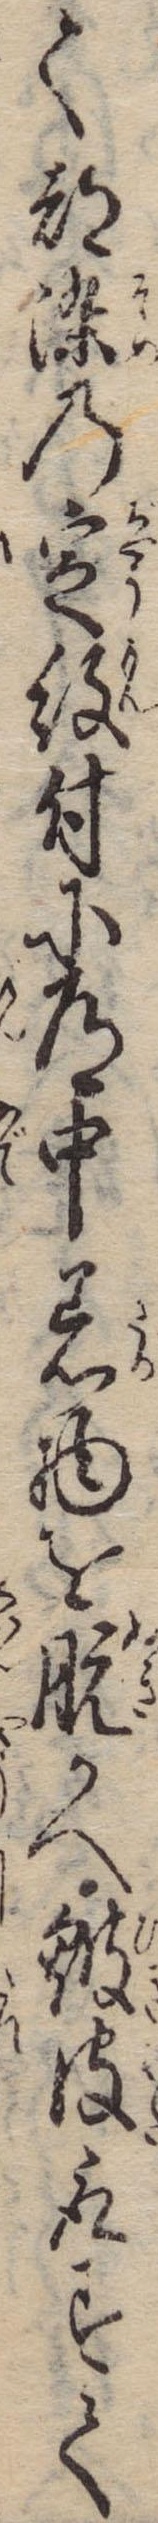
て都染の定紋付に道中着物を脱かへ皺皮取すて